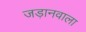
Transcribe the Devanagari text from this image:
जड़ानवाला